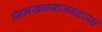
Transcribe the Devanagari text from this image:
जिमखान्याजवळच्या